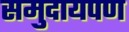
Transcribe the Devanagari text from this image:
समुदायपण